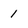
Character: 1